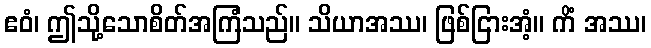
ဧဝံ၊ ဤသို့သောစိတ်အကြံသည်။ သိယာအဿ၊ ဖြစ်ငြားအံ့။ ကိံ အဿ၊